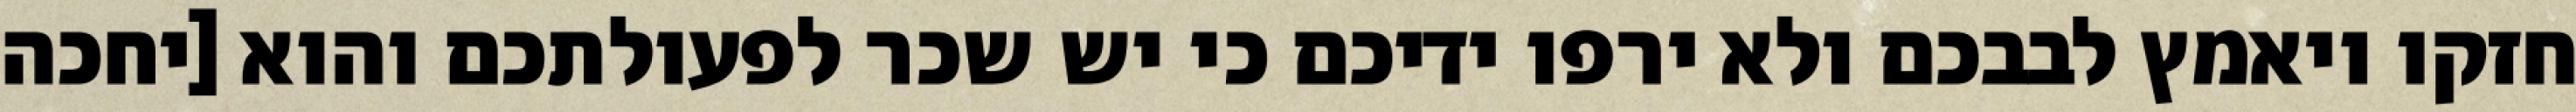
חזקו ויאמץ לבבכם ולא ירפו ידיכם כי יש שכר לפעולתכם והוא [יחכה